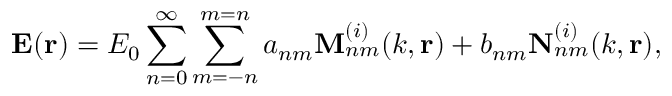
\mathbf { E } ( \mathbf { r } ) = E _ { 0 } \sum _ { n = 0 } ^ { \infty } \sum _ { m = - n } ^ { m = n } a _ { n m } \mathbf { M } _ { n m } ^ { ( i ) } ( k , \mathbf { r } ) + b _ { n m } \mathbf { N } _ { n m } ^ { ( i ) } ( k , \mathbf { r } ) ,